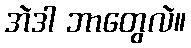
အဲဒါ ဘာတွေလဲ။